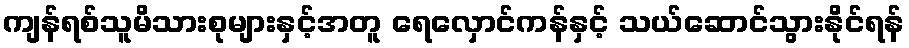
ကျန်ရစ်သူမိသားစုများနှင့်အတူ ရေလှောင်ကန်နှင့် သယ်ဆောင်သွားနိုင်ရန်